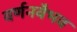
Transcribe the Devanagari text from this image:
वर्णनवैभव